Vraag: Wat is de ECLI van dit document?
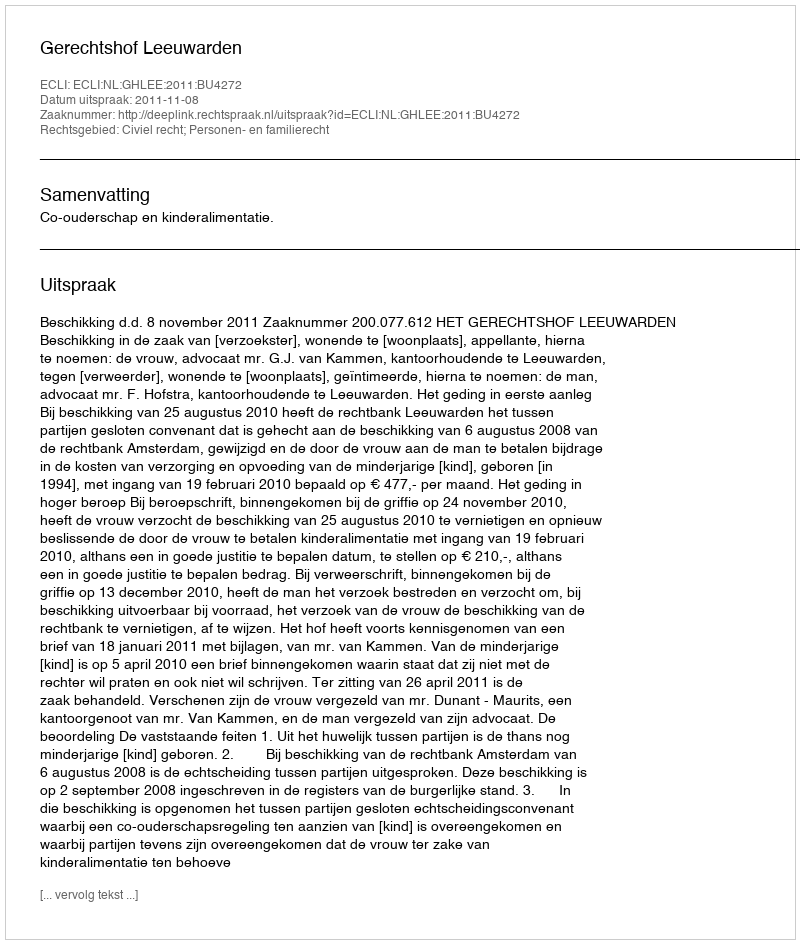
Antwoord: ECLI:NL:GHLEE:2011:BU4272